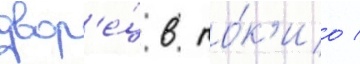
двор'е́ц в то́к'ио /